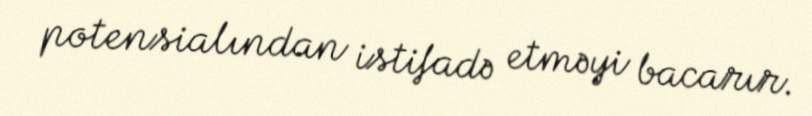
potensialından istifadə etməyi bacarır.